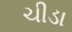
ચીડા